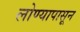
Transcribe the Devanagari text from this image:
लोण्यापासून